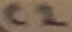
Text: C2